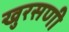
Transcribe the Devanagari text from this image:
खुरसणी